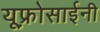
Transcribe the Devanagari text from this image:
यूफ़्रोसाईनी